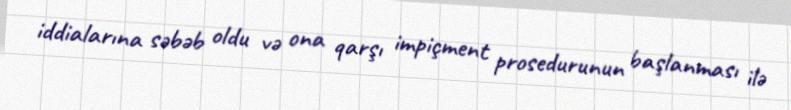
iddialarına səbəb oldu və ona qarşı impiçment prosedurunun başlanması ilə